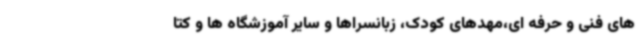
های فنی و حرفه ای،مهدهای کودک، زبانسراها و سایر آموزشگاه ها و کتا